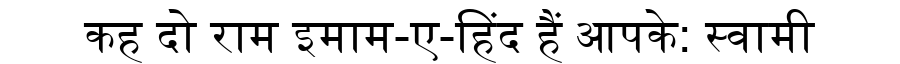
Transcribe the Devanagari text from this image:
कह दो राम इमाम-ए-हिंद हैं आपके: स्वामी